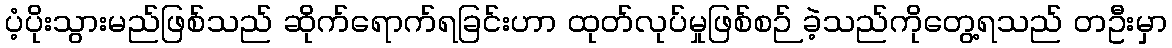
ပံ့ပိုးသွားမည်ဖြစ်သည် ဆိုက်ရောက်ရခြင်းဟာ ထုတ်လုပ်မှုဖြစ်စဉ် ခဲ့သည်ကိုတွေ့ရသည် တဦးမှာ